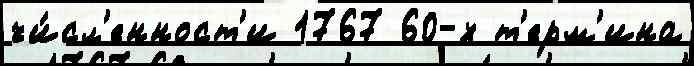
чи́сл'енност'и 1767 60-х т'ерм'ина